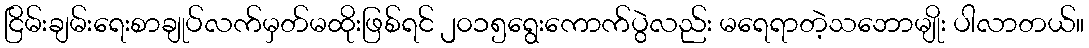
ငြိမ်းချမ်းရေးစာချုပ်လက်မှတ်မထိုးဖြစ်ရင် ၂၀၁၅ရွေးကောက်ပွဲလည်း မရေရာတဲ့သဘောမျိုး ပါလာတယ်။